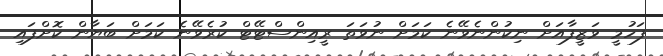
ފަހުމީ ވަޒީފާއަށް ނިކުންނެވޭނެ ކަމަށް ނުވަތަ ރީއިންސްޓޭޓް ކުރެވޭނެ ކަމަށް ބަޔާން ކޮށްފައި